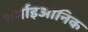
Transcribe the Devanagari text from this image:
थर्माइओनिक